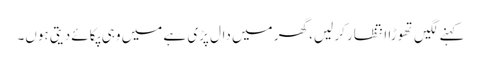
کہنے لگیں تھوڑا انتظار کر لیں، گھر میں دال پڑی ہے میں وہی پکائے دیتی ہوں۔